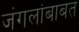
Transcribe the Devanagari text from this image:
जंगलांबाबत